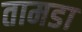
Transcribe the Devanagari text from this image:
तामडा